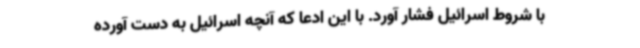
با شروط اسرائیل فشار آورد. با این ادعا که آنچه اسرائیل به دست آورده